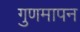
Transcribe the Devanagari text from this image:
गुणमापन